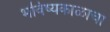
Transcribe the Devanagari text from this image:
भविष्यकाळाचा